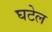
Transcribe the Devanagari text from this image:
घटेल